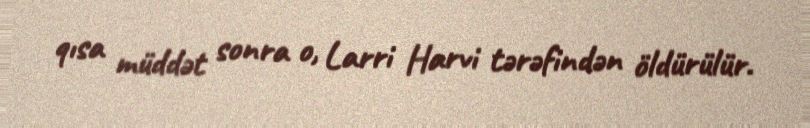
qısa müddət sonra o, Larri Harvi tərəfindən öldürülür.